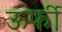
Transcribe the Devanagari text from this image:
ऊर्फी